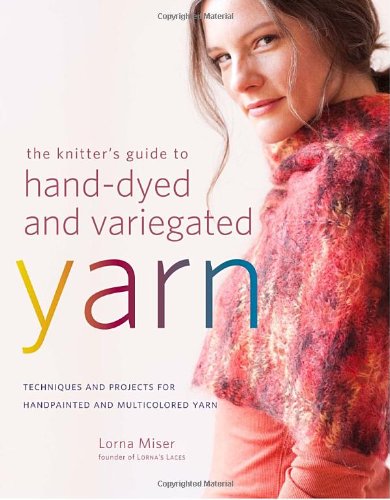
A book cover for The Knitter's Guide to Hand-Dyed and Variegated Yarn: Techniques and Projects for Handpainted and Multicolored Yarn; Lorna Miser; Crafts, Hobbies & Home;